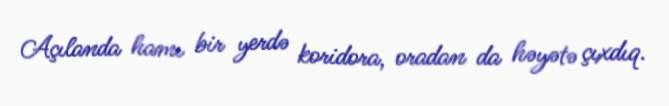
Açılanda hamı bir yerdə koridora, oradan da həyətə çıxdıq.